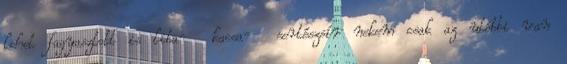
lehet fagyasztott is liba- kacsa- sertészsír nekem csak az utóbbi van